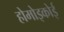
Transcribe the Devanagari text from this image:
होमोइकोई